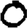
Digit: 0